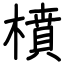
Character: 橨